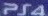
PS4